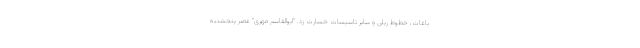
باغات، خطوط ریلی و سایر تاسیسات خسارت زد. "ابوالقاسم مهری" عصر پنجشنبه